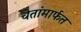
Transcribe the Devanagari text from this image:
चेतांमार्फत